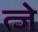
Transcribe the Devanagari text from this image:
त्जे